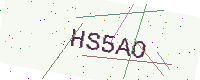
Text: HS5AO